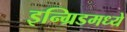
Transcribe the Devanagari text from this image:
इन्ग्रिडमध्ये